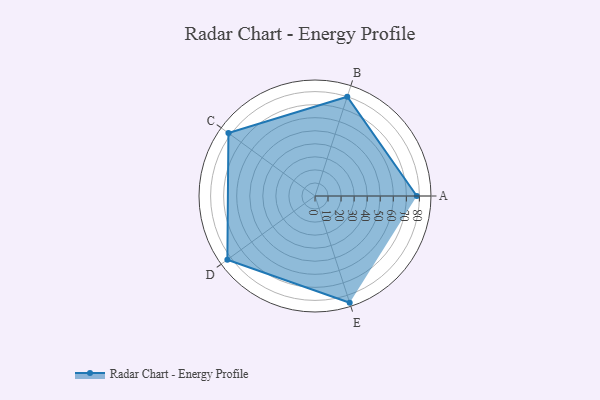
{"axis": {"x": "Skill", "y": "Score"}, "legend": ["Profile"], "data": [{"x": "A", "y": 78.0, "type": "Profile"}, {"x": "B", "y": 80.0, "type": "Profile"}, {"x": "C", "y": 82.0, "type": "Profile"}, {"x": "D", "y": 83.0, "type": "Profile"}, {"x": "E", "y": 86.0, "type": "Profile"}]}